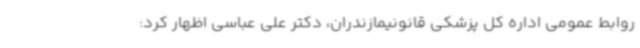
روابط عمومی اداره کل پزشکی قانونیمازندران، دکتر علی عباسی اظهار کرد: